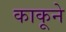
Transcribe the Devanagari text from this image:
काकूने